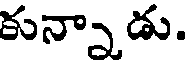
కున్నాడు.